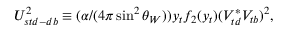
U _ { s t d - d b } ^ { 2 } \equiv ( \alpha / ( 4 \pi \sin ^ { 2 } { \theta _ { W } } ) ) y _ { t } f _ { 2 } ( y _ { t } ) ( V _ { t d } ^ { * } V _ { t b } ) ^ { 2 } ,